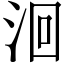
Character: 洄